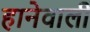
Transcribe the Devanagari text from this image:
हानेवाली